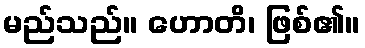
မည်သည်။ ဟောတိ၊ ဖြစ်၏။